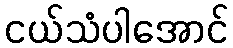
ငယ်သံပါအောင်